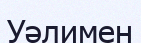
Уәлимен